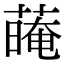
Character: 𦺽